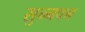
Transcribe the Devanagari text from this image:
सुन्नपन